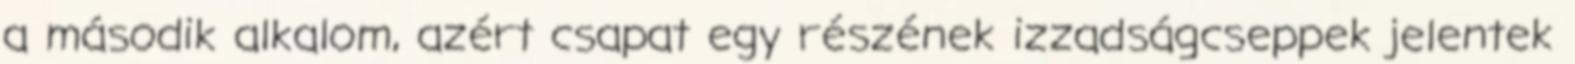
a második alkalom, azért csapat egy részének izzadságcseppek jelentek